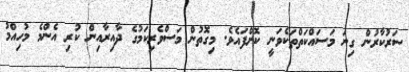
ސަރުކާރުން ގިނަ މަސައްކަތްތަކެވަނީ ކޮށްފައެވެ. މިގޮތުން މަސްވެރިކަމުގެ ދާއިރާއިން ކުރި އެންމެ މުހިއްމު